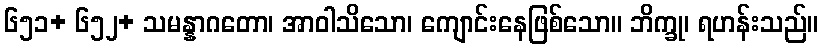
၆၅၁+ ၆၅၂+ သမန္နာဂတော၊ အာဝါသိသော၊ ကျောင်းနေဖြစ်သော။ ဘိက္ခု၊ ရဟန်းသည်။